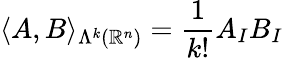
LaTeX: \langle A,B\rangle_{\Lambda^{k}(\mathbb{R}^{n})}=\frac{1}{k!}A_{I}B_{I}